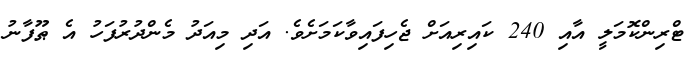
ޓްރިންކޮމަލީ އާއި 240 ކައިރިއަށް ޖެހިފައިވާކަމަށެވެ. އަދި މިއަދު މެންދުރުފަހު އެ ޠޫފާނު